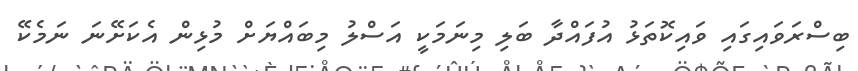
ބިސްރަވައިގައި ވައިކޮތަޅު އުފައްދާ ބަލި މިނަމަކީ އަސްލު މިބައްޔަށް މުޅިން އެކަށޭނަ ނަމެކޭ